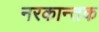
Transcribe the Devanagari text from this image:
नरकान्तक